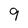
Character: 9